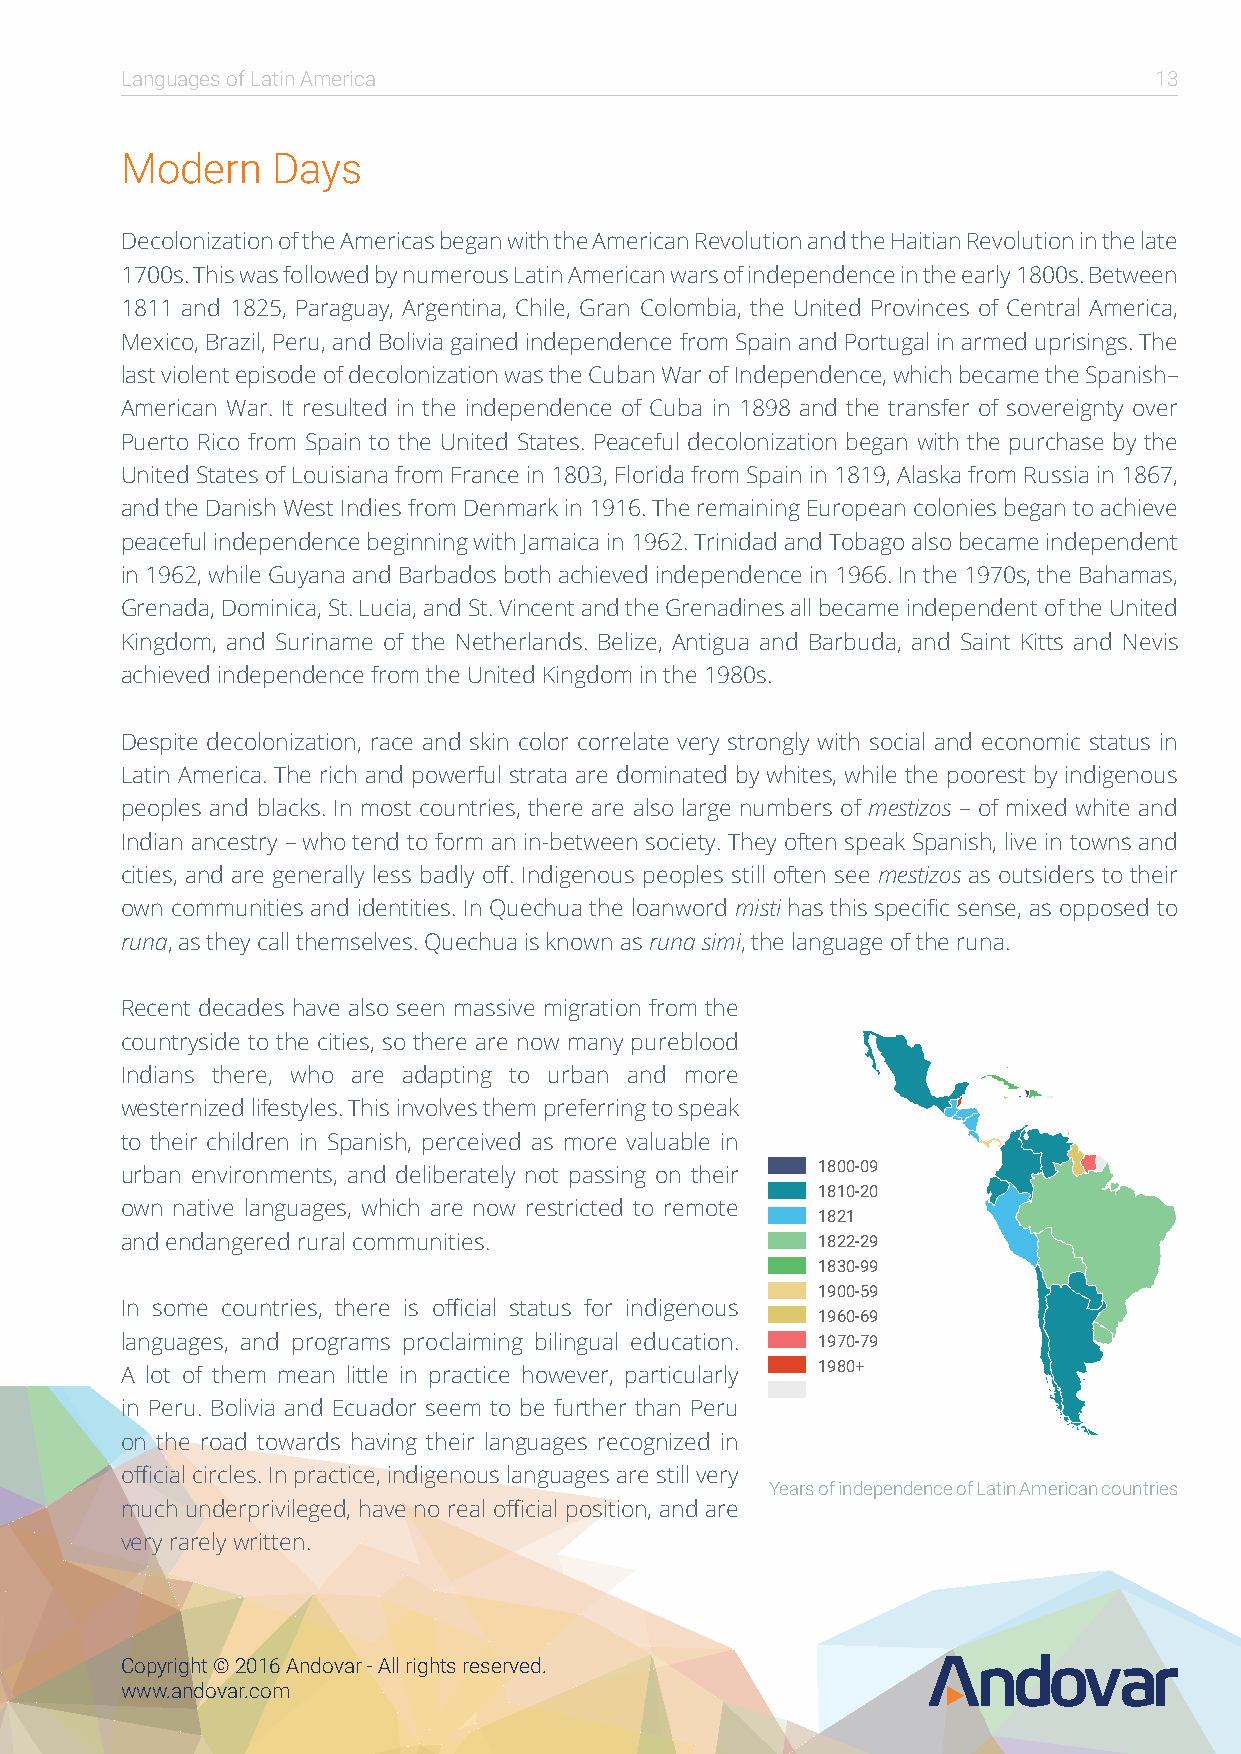
Languages of Latin America                                          13
 Modern    Days
 Decolonization of the Americas began with the American Revolution and the Haitian Revolution in the late
 1700s. This was followed by numerous Latin American wars of independence in the early 1800s. Between
 1811 and 1825, Paraguay, Argentina, Chile, Gran Colombia, the United Provinces of Central America,
 Mexico, Brazil, Peru, and Bolivia gained independence from Spain and Portugal in armed uprisings. The
 last violent episode of decolonization was the Cuban War of Independence, which became the Spanish–
 American War. It resulted in the independence of Cuba in 1898 and the transfer of sovereignty over
 Puerto Rico from Spain to the United States. Peaceful decolonization began with the purchase by the
 United States of Louisiana from France in 1803, Florida from Spain in 1819, Alaska from Russia in 1867,
 and the Danish West Indies from Denmark in 1916. The remaining European colonies began to achieve
 peaceful independence beginning with Jamaica in 1962. Trinidad and Tobago also became independent
 in 1962, while Guyana and Barbados both achieved independence in 1966. In the 1970s, the Bahamas,
 Grenada, Dominica, St. Lucia, and St. Vincent and the Grenadines all became independent of the United
 Kingdom, and Suriname of the Netherlands. Belize, Antigua and Barbuda, and Saint Kitts and Nevis
 achieved independence from the United Kingdom in the 1980s.
 Despite decolonization, race and skin color correlate very strongly with social and economic status in
 Latin America. The rich and powerful strata are dominated by whites, while the poorest by indigenous
 peoples and blacks. In most countries, there are also large numbers of mestizos – of mixed white and
 Indian ancestry – who tend to form an in-between society. They often speak Spanish, live in towns and
 cities, and are generally less badly off. Indigenous peoples still often see mestizos as outsiders to their
 own communities and identities. In Quechua the loanword misti has this specific sense, as opposed to
 runa, as they call themselves. Quechua is known as runa simi, the language of the runa.
 Recent decades have also seen massive migration from the
 countryside to the cities, so there are now many pureblood
 Indians there, who are adapting to urban and more
 westernized lifestyles. This involves them preferring to speak
 to their children in Spanish, perceived as more valuable in
 1800-09
 urban environments, and deliberately not passing on their
 1810-20
 own native languages, which are now restricted to remote
 1821
 and endangered rural communities.             1822-29
 1830-99
 1900-59
 In some countries, there is official status for indigenous
 1960-69
 languages, and programs proclaiming bilingual education. 1970-79
 1980+
 A lot of them mean little in practice however, particularly
 in Peru. Bolivia and Ecuador seem to be further than Peru
 on the road towards having their languages recognized in
 official circles. In practice, indigenous languages are still very
 Years of independence of Latin American countries
 much underprivileged, have no real official position, and are
 very rarely written.
 Copyright © 2016 Andovar - All rights reserved.
 www.andovar.com